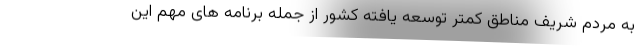
به مردم شریف مناطق کمتر توسعه یافته کشور از جمله برنامه های مهم این